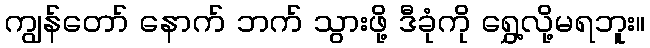
ကျွန်တော် နောက် ဘက် သွားဖို့ ဒီခုံကို ရွှေ့လို့မရဘူး။